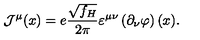
{ \mathcal J } ^ { \mu } ( x ) = e \frac { \sqrt { f _ { H } } } { 2 \pi } \varepsilon ^ { \mu \nu } \left( \partial _ { \nu } \varphi \right) ( x ) .